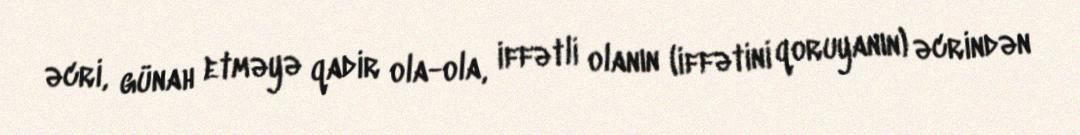
əcri, günah etməyə qadir ola-ola, iffətli olanın (iffətini qoruyanın) əcrindən